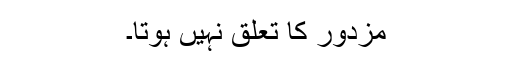
مزدور کا تعلق نہیں ہوتا۔